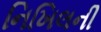
નિખિલની